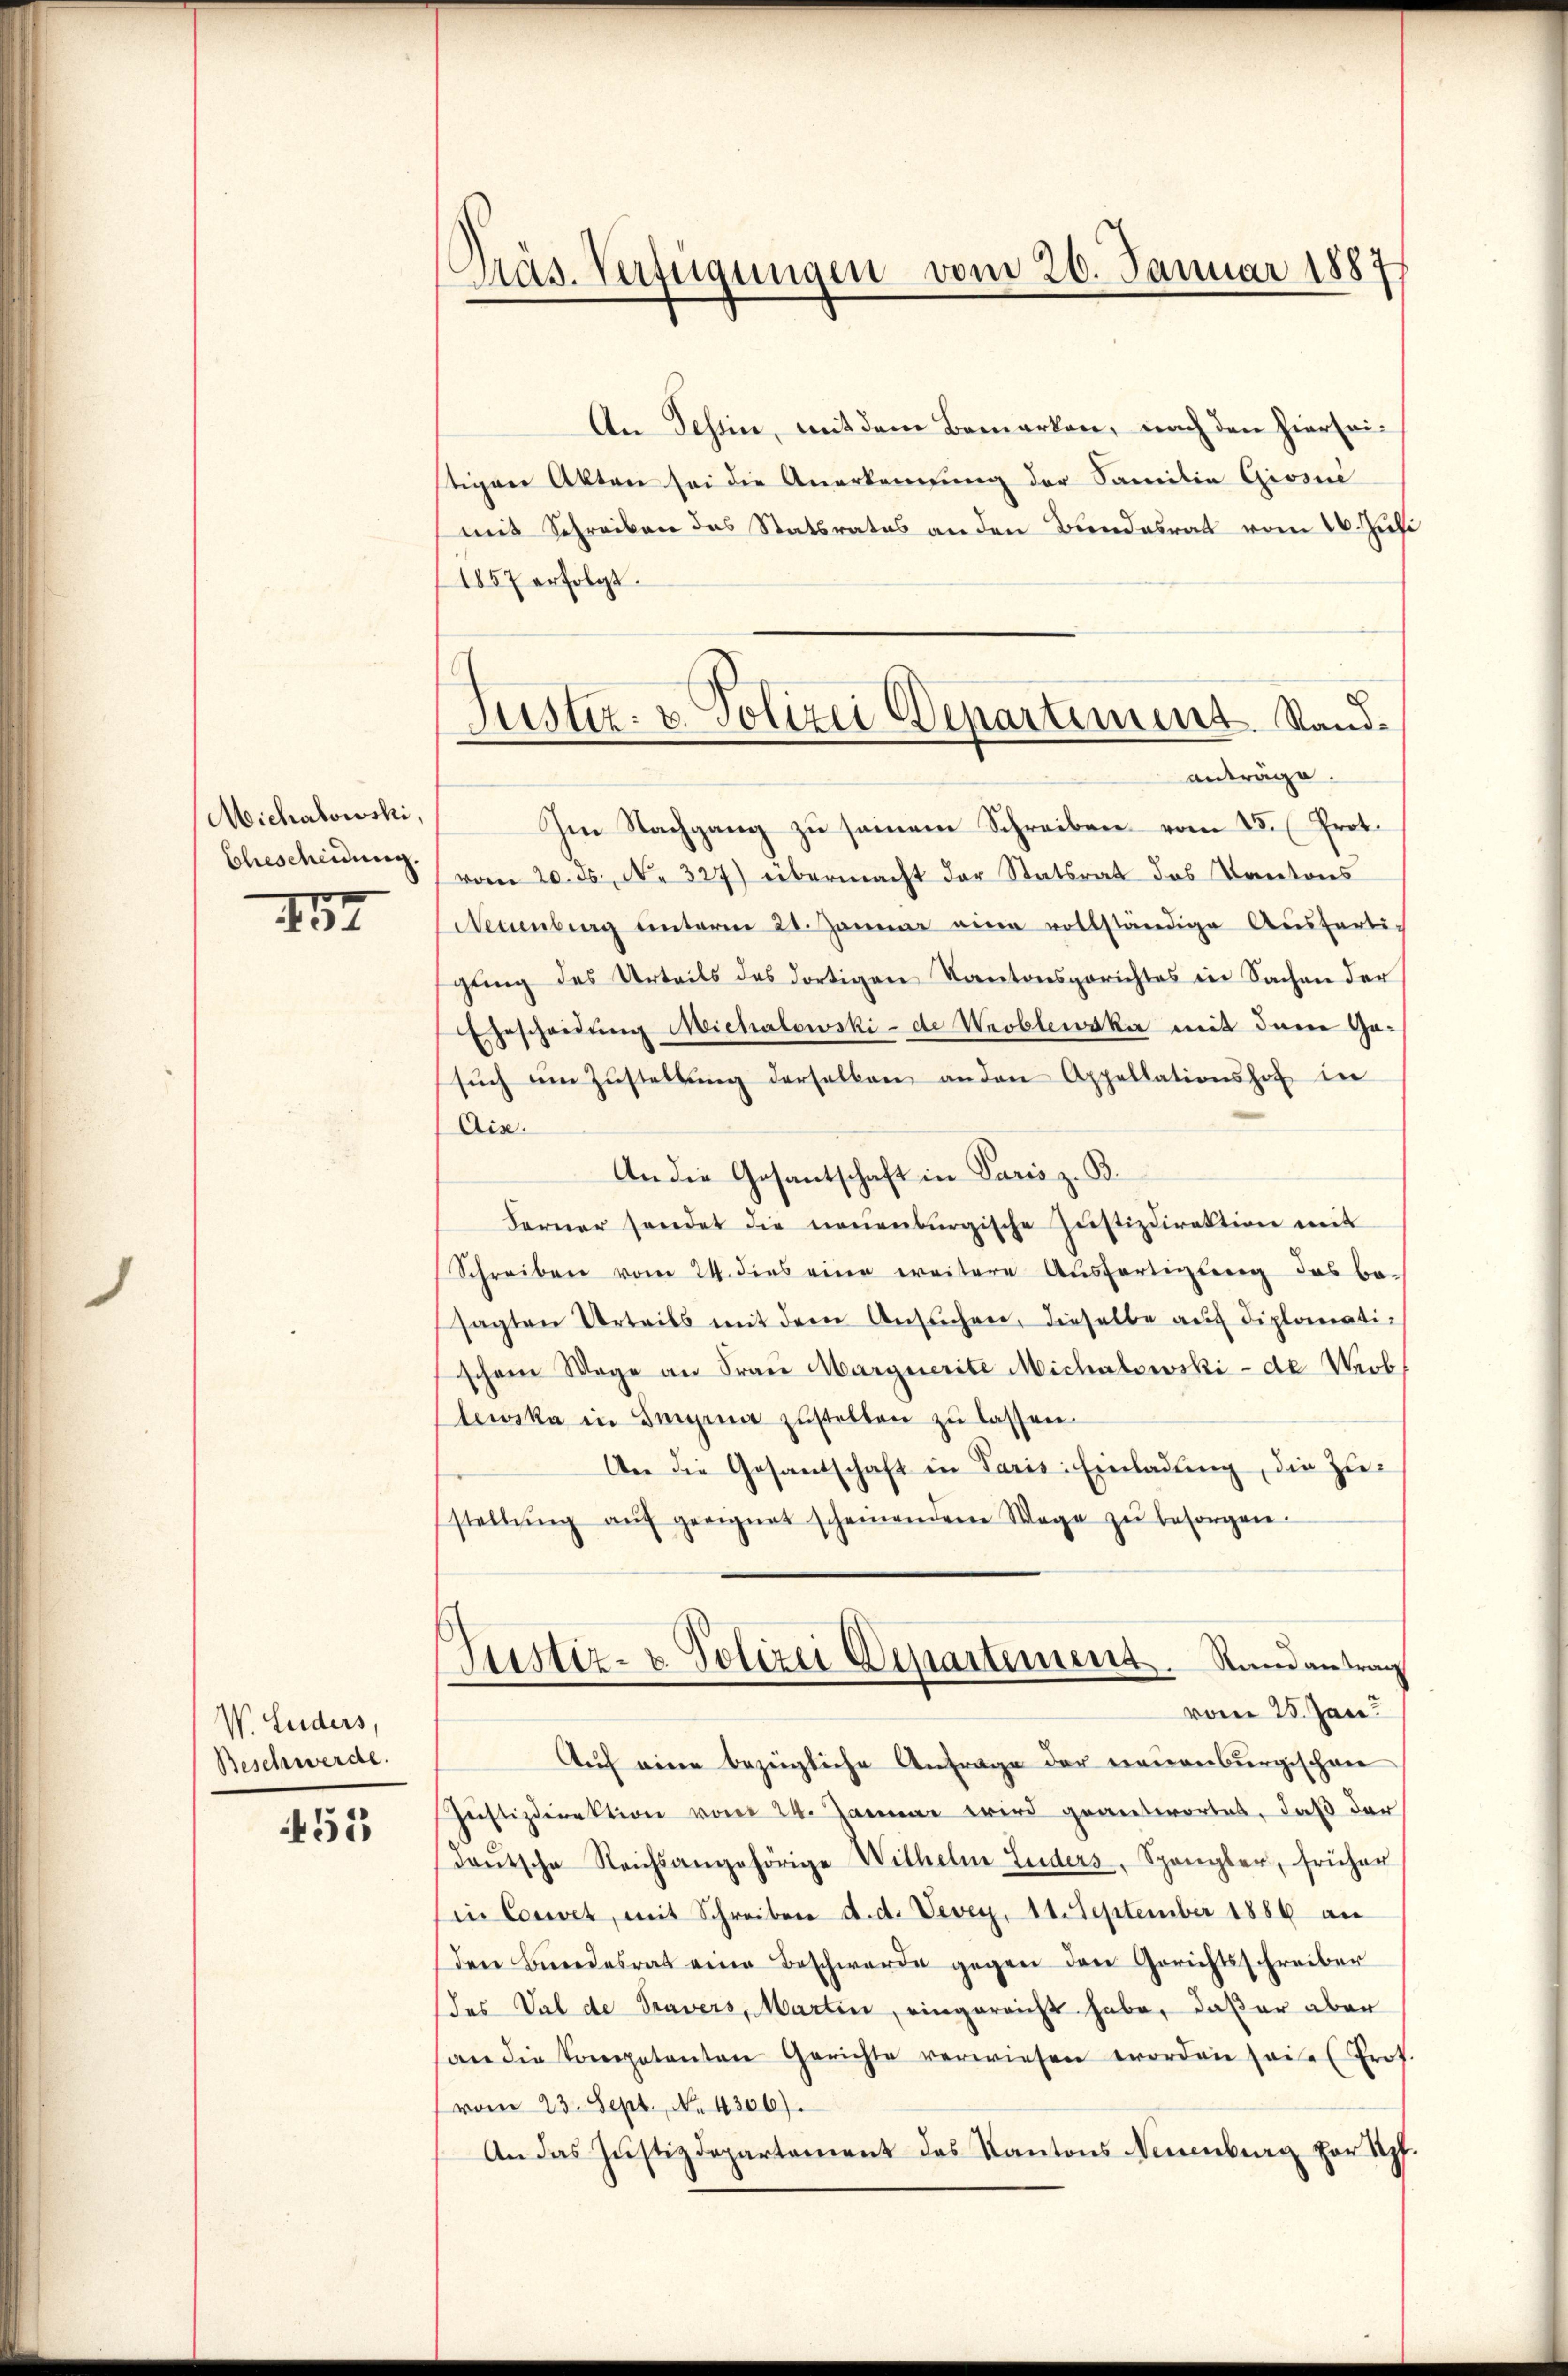
Micharlowski,
Ehescheidung.

47

V. Luders,
Beschwerde.

451

Präs. Verfügungen vom 20. Januar 1887

An Tessin, mit dem Bemerken, nach den hierseitigen Akten sei die Anerkennung der Familie Giosne
mit Schreiben das Statsrates an den Bundesrat vom 16. Juli
1857 erfolgt.
anträge.
Im Nachgang zu seinem Schreiben vom 15. (Prot.
vom 20. ds., N. 327) übermacht der Statsrat des Kantons
Neuenburg unterm 21. Januar eine vollständige Aŭsferti-
gŭng des Urteils des dortigen Kantonsgerichtes in Sachen der
Egescheidŭng Michalowski - de Wroblewska mit den Gasŭch am Zŭstellŭng derselben anden Appellationshof in
Ais.
An die Gesantschaft in Paris z. B.
Ferner sendet die neuenburgische Justizdirektion mit
Schreiben vom 24. dies eine weitere Ausfertigung des be-
sagten Urteils mit dem Ansuchen, dieselbe auf diplomatischen Wege an Franz Marguerite Michalowski - de Wob
lewska in Sigina zustellen zu lassen.
An die Gesandschaft in Paris. Einladung, die Zustellŭng aŭf geeignet scheinendene Wage zŭ besorgen
Justiz- & Polizei Departement. Nun antrag
vom 25. Jan
Auf eine bezügliche Anfrage der neuenburgischen
Justizdirektion vom 24. Januar wird geantwortet, daß der
deŭtsche Reichsangehörige Wilhelm Luders, Spangler, früher
in Coset, mit Schreiben d. d. Vevey, 11. September 1886 an
den Bundesrat eine Beschwerde gegen den Gerichtsschreiber
des Val de Tavers, Martin, eingereicht habe, daß er aber
an die Competenten Gerichte verwiesen worden haie Prof.
vom 23. Sept., No. 4306).
An das Justizdepartement des Kantons Neuenburg zur Kopf.

Justiz- & Polizei Departiment. Stand¬